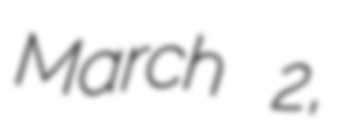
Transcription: March 2,